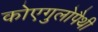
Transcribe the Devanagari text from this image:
कोएगुलोपैथी